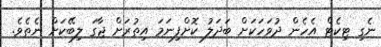
ނެގި ޓިކެޓް އެހެން ދުވަހަކަށް ބަދަލު ކޮށްފިނަމަ އިތުރަށް ޖާގަ ލިބޭކަށް ނެތެވެ.